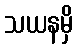
သယနမှိ